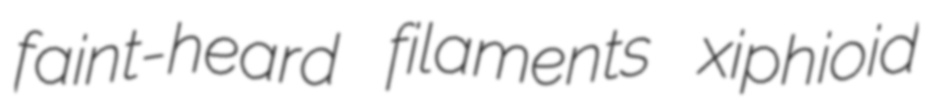
faint-heard filaments xiphioid